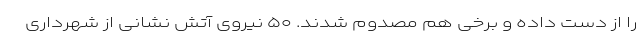
را از دست داده و برخی هم مصدوم شدند. ۵۰ نیروی آتش نشانی از شهرداری